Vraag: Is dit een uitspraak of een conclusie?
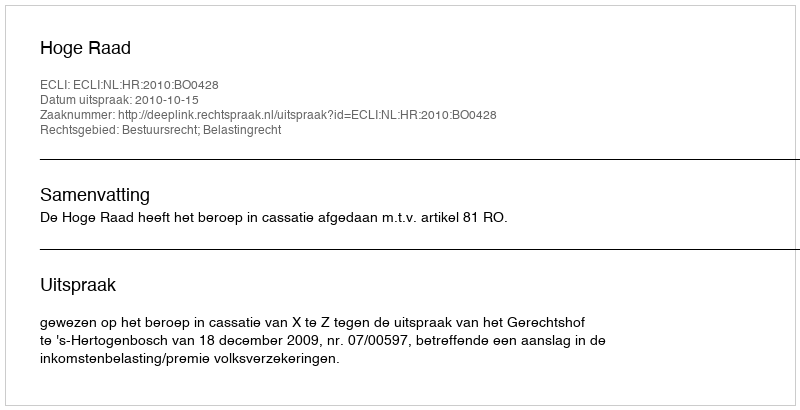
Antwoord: Uitspraak